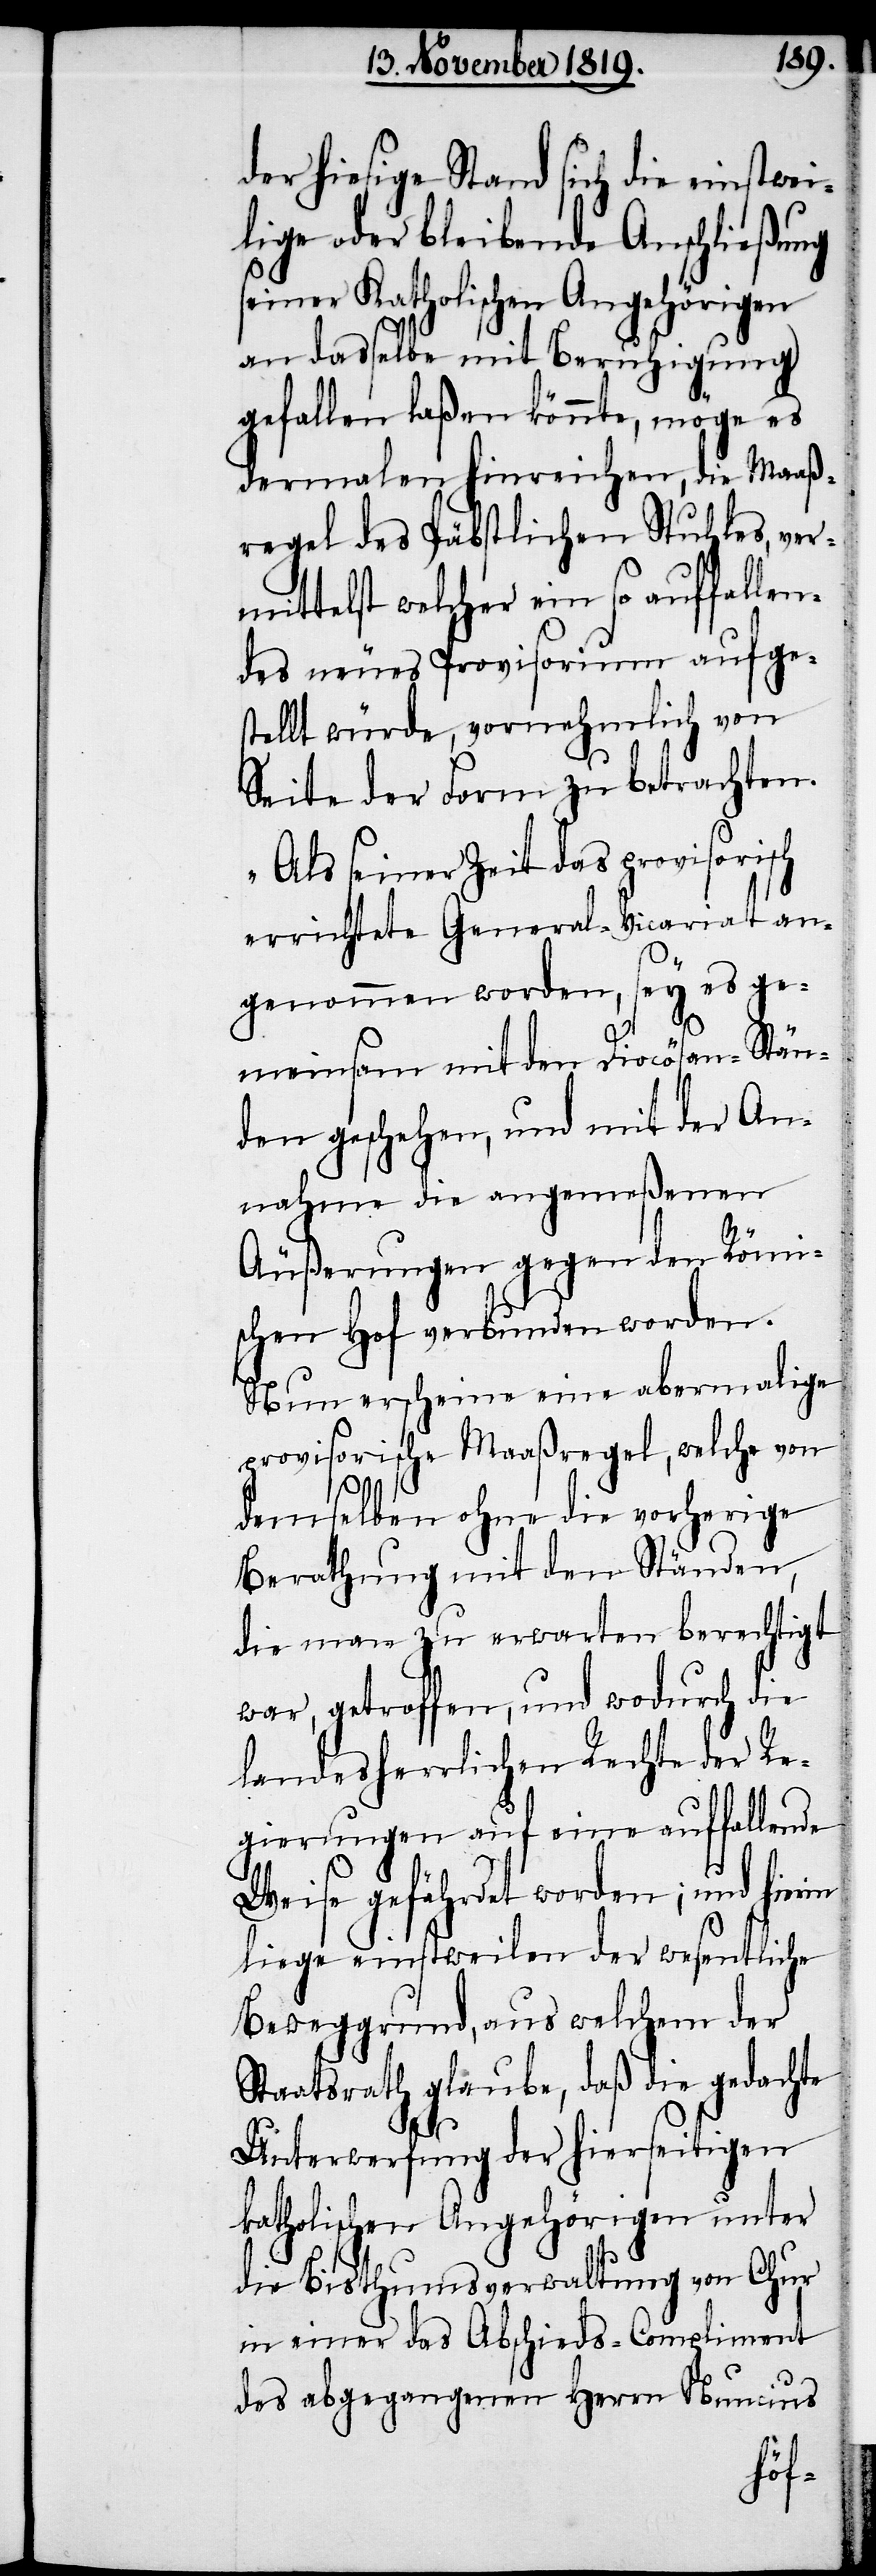
der hiesige Stand sich die einstwei¬
lige oder bleibende Anschließung
seiner Katholischen Angehörigen
an dasselbe mit Beruhigung
gefallen laßen könnte, möge es
dermalen hinreichen, die Maaß¬
regel des Päbstlichen Stuhles, ver¬
mittelst welcher ein so auffalle¬
ndes neues Provisorium aufge¬
stellt würde, vornehmlich von
Seite der Form zu betrachten.
Als seiner Zeit das provisorisch
errichtete General-Vicariat an¬
genommen worden, sey es ge¬
meinsam mit den Diocösen-Stän¬
den geschehen, und mit der An¬
nahme die angemeßenen
Äußerungen gegen den Römi¬
schen Hof verbunden worden.
Nun erscheine eine abermalige
provisorische Maaßregel, welche von
demselben ohne die vorherige
Berathung mit den Ständen,
die man zu erwarten berechtigt
war, getroffen, und wodurch die
landesherrlichen Rechte der Re¬
gierungen auf eine auffallende
Weise gefährdet worden; und hierin
liege einstweilen der wesentliche
Beweggrund, aus welchem der
Staatsrath glaube, daß die gedachte
Unterwerfung der hierseitigen
katholischen Angehörigen unter
die Bisthumsverwaltung von Chur
in einer das Abschieds-Compliment
des abgegangenen Herrn Nuncius